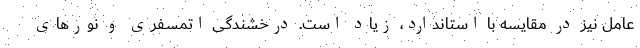
عامل نیز در مقایسه با استاندارد، زیاد است. درخشندگی اتمسفری و نورهای